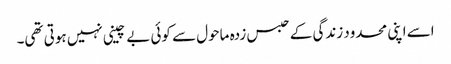
اسے اپنی محدود زندگی کے حبس زدہ ماحول سے کوئی بے چینی نہیں ہوتی تھی۔